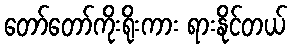
တော်တော်ကိုးရိုးကား ရားနိုင်တယ်